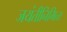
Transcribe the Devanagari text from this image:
जयंतीनिमित्‍त